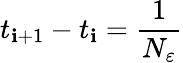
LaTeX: t_{\mathbf{i}+1}-t_{\mathbf{i}}=\frac{{1}}{{N_{\varepsilon}}}